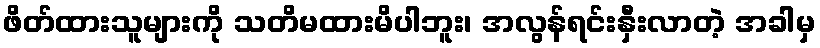
ဖိတ်ထားသူများကို သတိမထားမိပါဘူး၊ အလွန်ရင်းနှီးလာတဲ့ အခါမှ